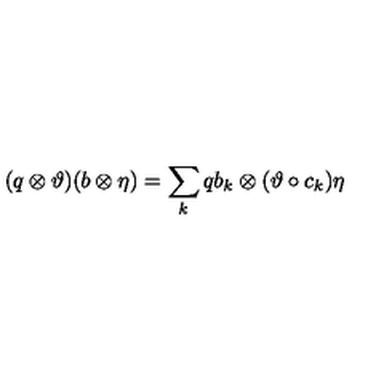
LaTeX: ( q \otimes \vartheta ) ( b \otimes \eta ) = \sum _ { k } q b _ { k } \otimes ( \vartheta \circ c _ { k } ) \eta